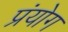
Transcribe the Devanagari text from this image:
प्रंयोग